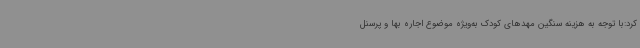
کرد:با توجه به هزینه سنگین مهدهای کودک به‌ویژه موضوع اجاره بها و پرسنل